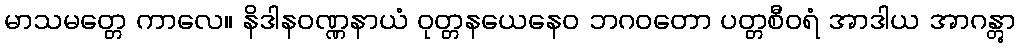
မာသမတ္တေ ကာလေ။ နိဒါနဝဏ္ဏနာယံ ဝုတ္တနယေနေဝ ဘဂဝတော ပတ္တစီဝရံ အာဒါယ အာဂန္တွာ